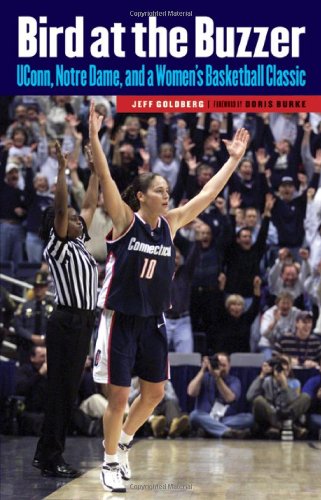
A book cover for Bird at the Buzzer: UConn, Notre Dame, and a Women's Basketball Classic; Jeff Goldberg; Sports & Outdoors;